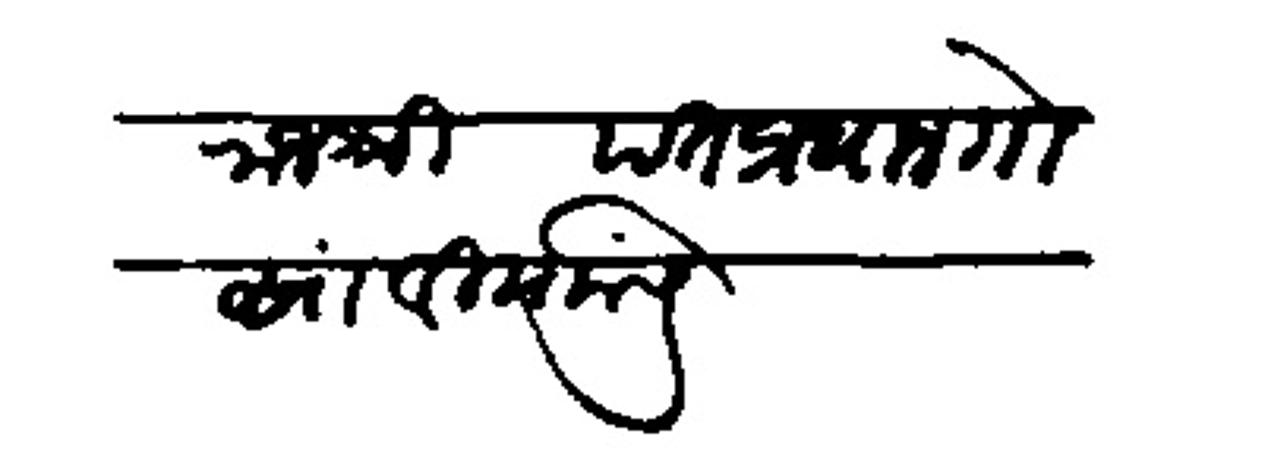
Transliteration (Devanagari): राजश्री पंत प्रधान गोसावी यांसि